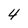
Character: 4